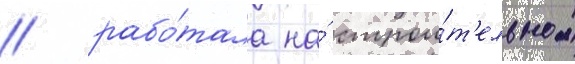
/ рабо́тала на́ строи́т'ельном